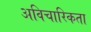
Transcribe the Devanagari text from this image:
अविचारिकता